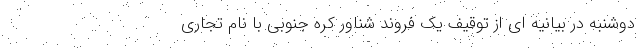
دوشنبه در بیانیه ای از توقیف یک فروند شناور کره جنوبی با نام تجاری